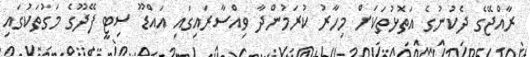
ރާއްޖޭގެ ދެކުނުގެ އަތޮޅުތަކަށް މިހާރު ކުރަމުންދާ ވިއްސާރައިގައި އައްޑޫ ސިޓީ ފޭދޫގެ މަގުތަކުގައި